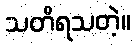
သတိရသတဲ့။